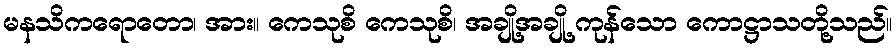
မနသိကရောတော၊ အား။ ကေသုစိ ကေသုစိ၊ အချို့အချို့ ကုန်သော ကောဋ္ဌာသတို့သည်။